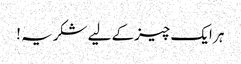
ہر ایک چیزکے لیے شکریہ !